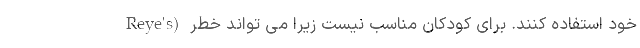
خود استفاده کنند. برای کودکان مناسب نیست زیرا می تواند خطر (Reye's